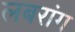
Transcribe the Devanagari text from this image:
लबरांग